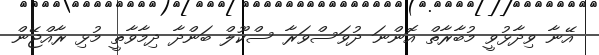
އޭނާ ވިދާޅުވީ މުބާރާތް އޮންނަ ދުވަސްވަރާ ސްކޫލް ބަންދާ ދިމާވާތީ މުޅި ރާއްޖޭން